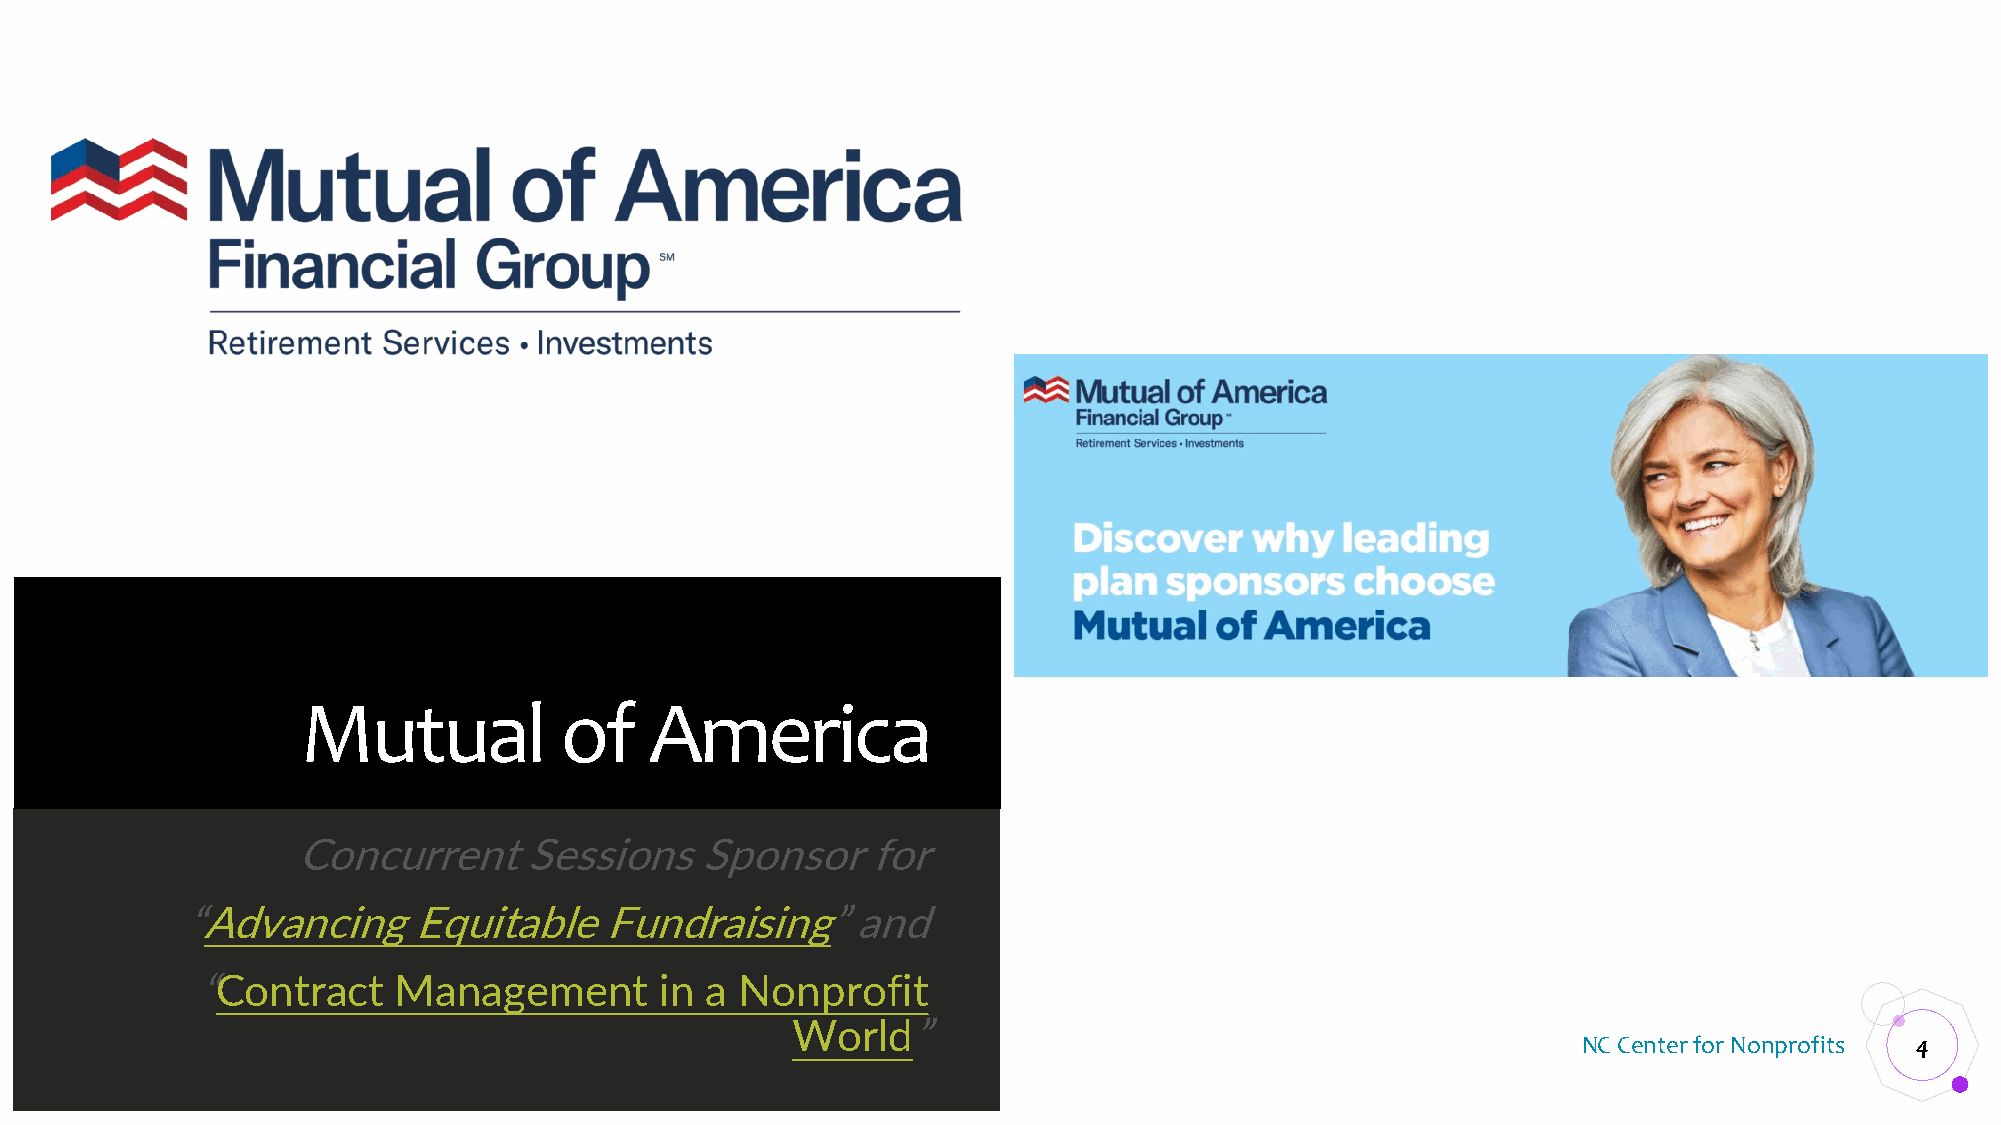
Mutual           of    America
 Concurrent     Sessions   Sponsor    for
 “Advancing     Equitable    Fundraising”     and
 “Contract    Management        in a Nonprofit
 World”
 NC Center for Nonprofits 4